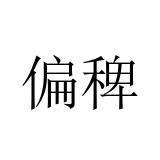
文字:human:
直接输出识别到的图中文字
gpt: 偏稗